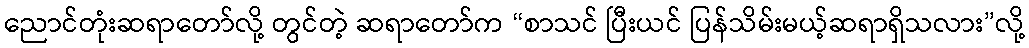
ညောင်တုံးဆရာတော်လို့ တွင်တဲ့ ဆရာတော်က “စာသင် ပြီးယင် ပြန်သိမ်းမယ့်ဆရာရှိသလား”လို့